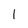
Character: 1